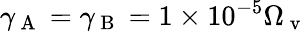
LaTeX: \gamma_{\mathrm{~A~}}=\gamma_{\mathrm{~B~}}=1\times 10^{-5}\Omega_{\mathrm{~v~}}